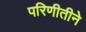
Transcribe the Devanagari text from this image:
परिणीतीने